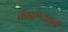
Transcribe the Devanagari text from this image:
काढण्यापूर्वी